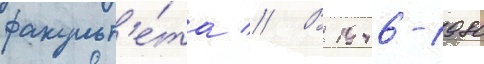
факульт'е́та // В 1946-1980